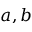
a , b